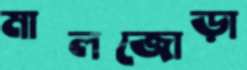
মালজোড়া